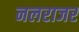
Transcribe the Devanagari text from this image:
नलराजर